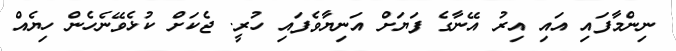
ނިންމާފައި އައި އިރު އޭނާގެ ފަޔަށް އަނިޔާވެފައި ހުރީ. ޖެކަށް ކުޅެވޭނެހެން ހިޔެއް